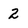
Character: 2